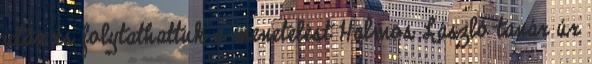
után és folytathattuk a menetelést Halmos László tanár úr